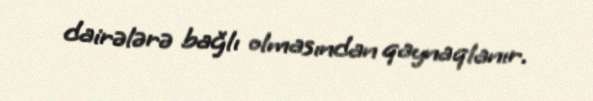
dairələrə bağlı olmasından qaynaqlanır.